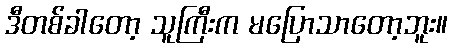
ဒီတစ်ခါတော့ သူကြီးက မပြောသာတော့ဘူး။